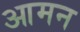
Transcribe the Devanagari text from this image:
आमन